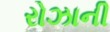
રોઝાની